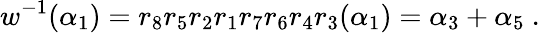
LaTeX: w^{-1}(\alpha_{1})=r_{8}r_{5}r_{2}r_{1}r_{7}r_{6}r_{4}r_{3}(\alpha_{1})=\alpha_{3}+\alpha_{5}~.